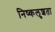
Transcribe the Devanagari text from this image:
निष्कलुशता